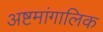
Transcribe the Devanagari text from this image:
अष्टमांगालिक